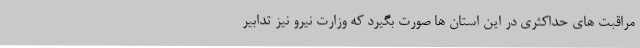
مراقبت های حداکثری در این استان ها صورت بگیرد که وزارت نیرو نیز تدابیر